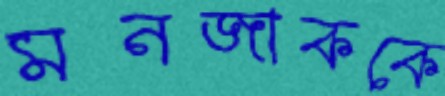
মনজাককে